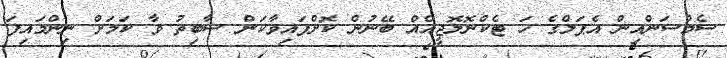
ސެމްސަންއިން އެޕަލްގެ ހަ ޓެކްނޮލޮޖީއެއް ބޭނުން ކޮށްފައިވާކަން ސާބިތު ވާ ކަމަށް ނިންމައިފަ